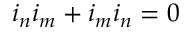
i _ { n } i _ { m } + i _ { m } i _ { n } = 0